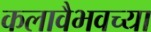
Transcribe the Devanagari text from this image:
कलावैभवच्या